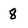
Character: 8